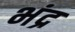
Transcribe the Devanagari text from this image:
भंद्र